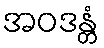
အဝဒန္တံ